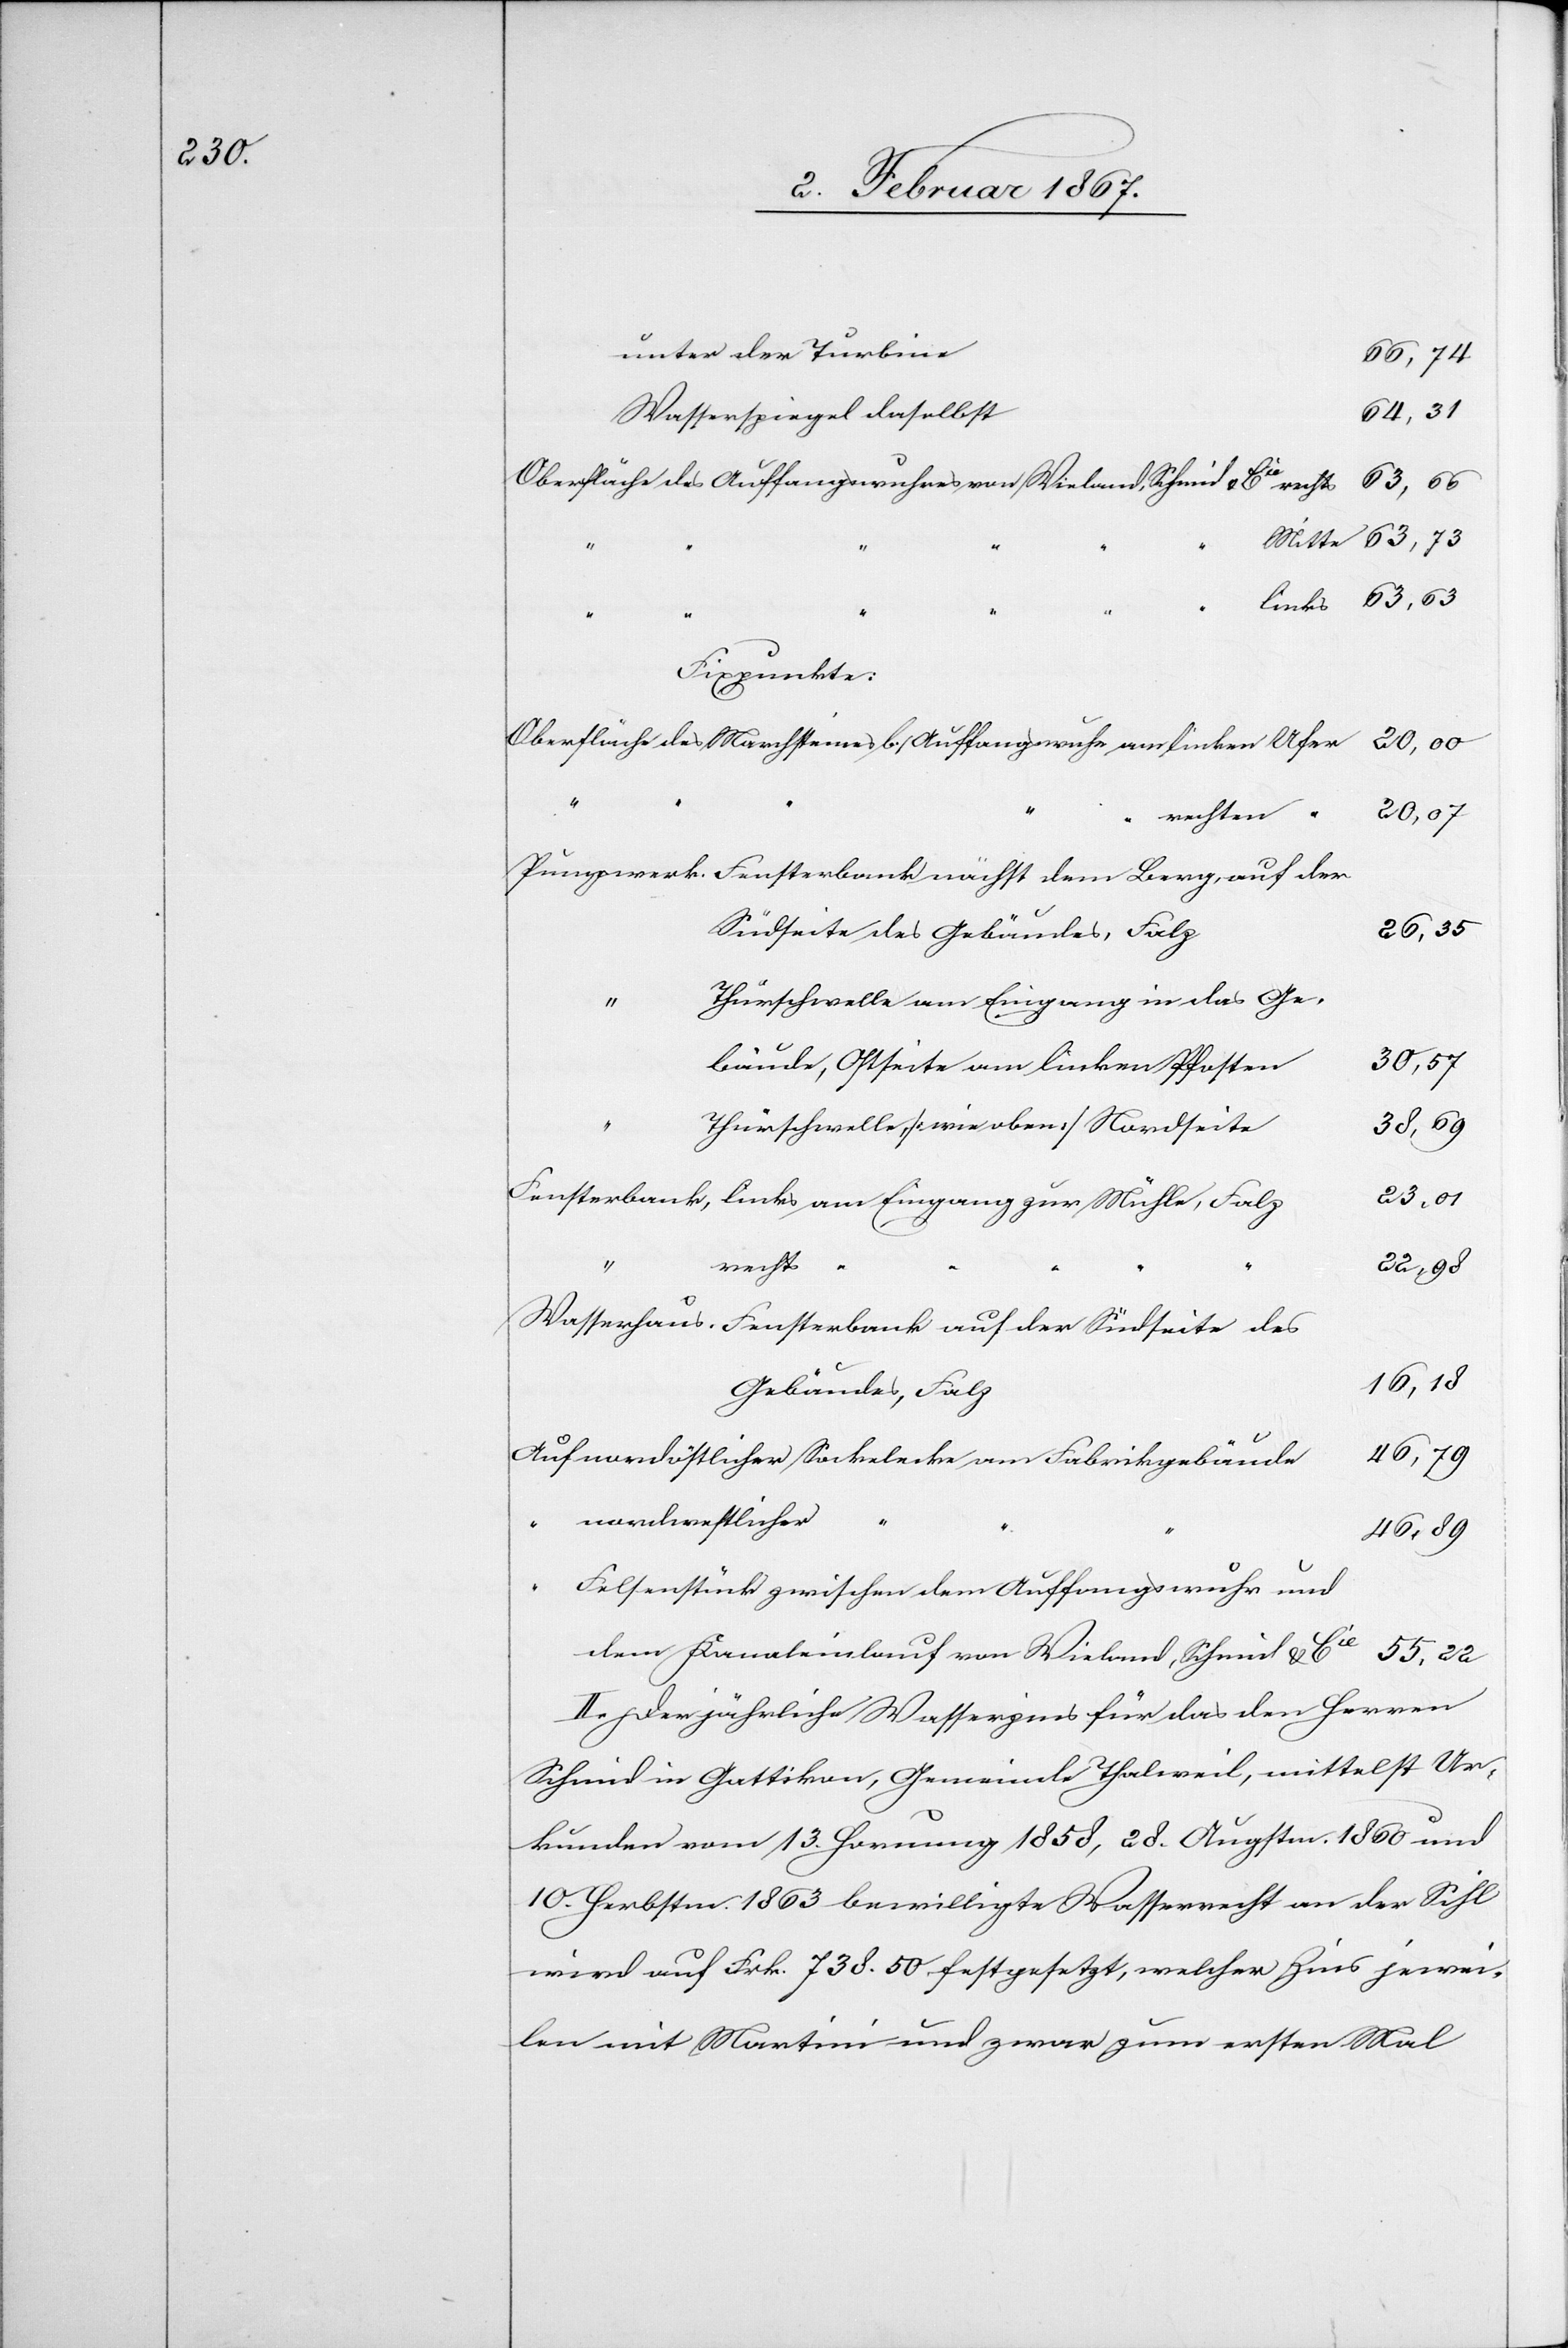
Oberfläche des Auffangswuhres von Wieland, Schmid & Cie	rechts	63,66
Fixpunkte:
Oberfläche des Marchsteines b. Auffangswuhr am linken Ufer		20,00
Pumpwerk. Fensterbank nächst dem Berg, auf der
Südseite des Gebäudes,
hürschwelle am Eingang in das Ge¬
e					46,79
Fensterbank, links am Eingang zur Mühle,
“
rechts
“
Wasserhaus, Fensterbank auf der Südseite des
Auf nordöstlicher Sockelecke am Fabrikgebäud¬
nordwestlicher
Felsenstück zwischen dem Auffangswuhr und
dem Kanaleinlauf von Wieland, Schmid &
II. Der jährliche Wasserzins für das den Herren
Schmid in Gattikon, Gemeinde Thalweil, mittelst Ur¬
kunden vom 13. Hornung 1858, 28. Augstm. 1860 und
10. Herbstm. 1863 bewilligte Wasserrecht an der Sihl
wird auf Frk. 738,50 festgesetzt, welcher Zins jewei¬
len mit Martini und zwar zum ersten Mal